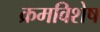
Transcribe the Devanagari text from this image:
क्रमविशेष